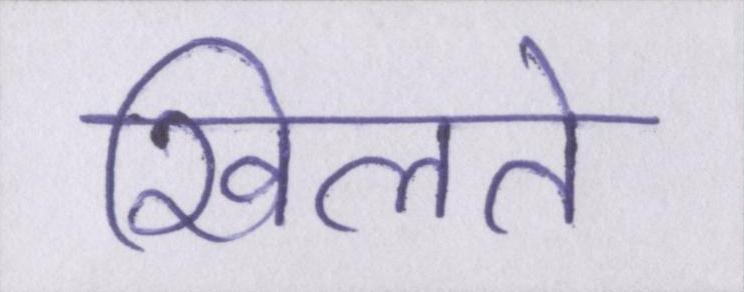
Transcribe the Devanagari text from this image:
खिलते